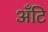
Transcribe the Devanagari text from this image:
अँटि